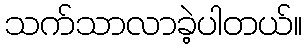
သက်သာလာခဲ့ပါတယ်။